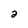
Character: 2